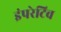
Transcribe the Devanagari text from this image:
इंपरेटिव